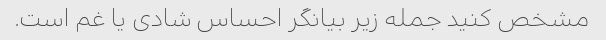
مشخص کنید جمله زیر بیانگر احساس شادی یا غم است.